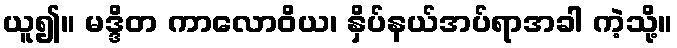
ယူ၍။ မဒ္ဒိတ ကာလောဝိယ၊ နှိပ်နယ်အပ်ရာအခါ ကဲ့သို့။